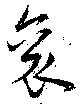
袞